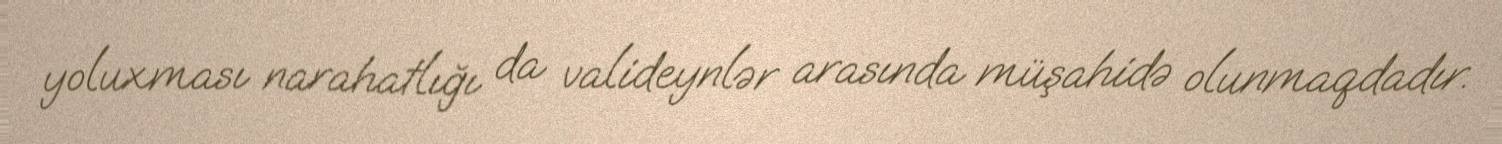
yoluxması narahatlığı da valideynlər arasında müşahidə olunmaqdadır.